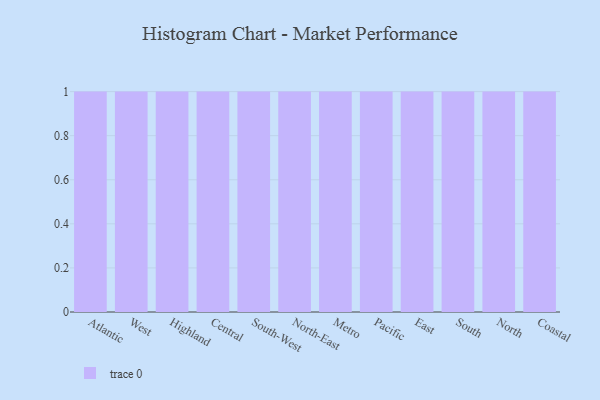
{"axis": {"x": "Region", "y": "Latency (ms)"}, "legend": [""], "data": [{"x": "Atlantic", "y": 75, "type": ""}, {"x": "West", "y": 19, "type": ""}, {"x": "Highland", "y": 49, "type": ""}, {"x": "Central", "y": 91, "type": ""}, {"x": "South-West", "y": 69, "type": ""}, {"x": "North-East", "y": 85, "type": ""}, {"x": "Metro", "y": 23, "type": ""}, {"x": "Pacific", "y": 46, "type": ""}, {"x": "East", "y": 13, "type": ""}, {"x": "South", "y": 78, "type": ""}, {"x": "North", "y": 66, "type": ""}, {"x": "Coastal", "y": 23, "type": ""}]}